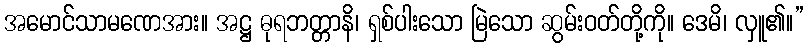
အမောင်သာမဏေအား။ အဋ္ဌ ဓုရဘတ္တာနိ၊ ရှစ်ပါးသော မြဲသော ဆွမ်းဝတ်တို့ကို။ ဒေမိ၊ လှူ၏။”